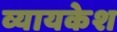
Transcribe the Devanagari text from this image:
व्यायकेश